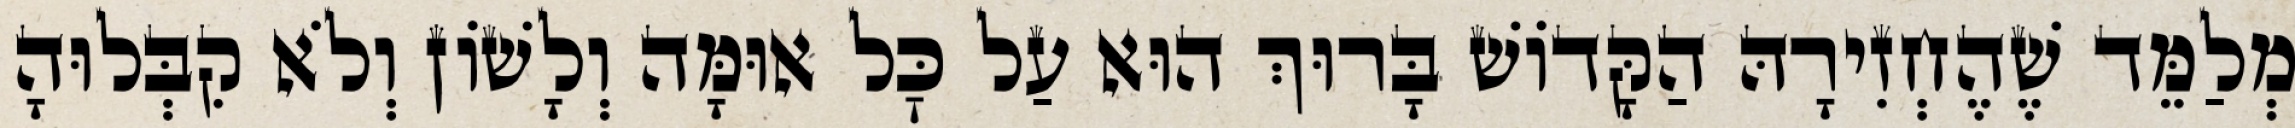
מְלַמֵּד שֶׁהֶחְזִירָהּ הַקָּדוֹשׁ בָּרוּךְ הוּא עַל כׇּל אוּמָּה וְלָשׁוֹן וְלֹא קִבְּלוּהָ